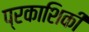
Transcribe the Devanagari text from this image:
प्रकाशिकी